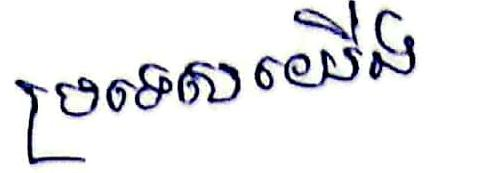
ប្រទេសយើង